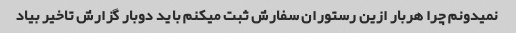
نمیدونم چرا هربار ازین رستوران سفارش ثبت میکنم باید دوبار گزارش تاخیر بیاد